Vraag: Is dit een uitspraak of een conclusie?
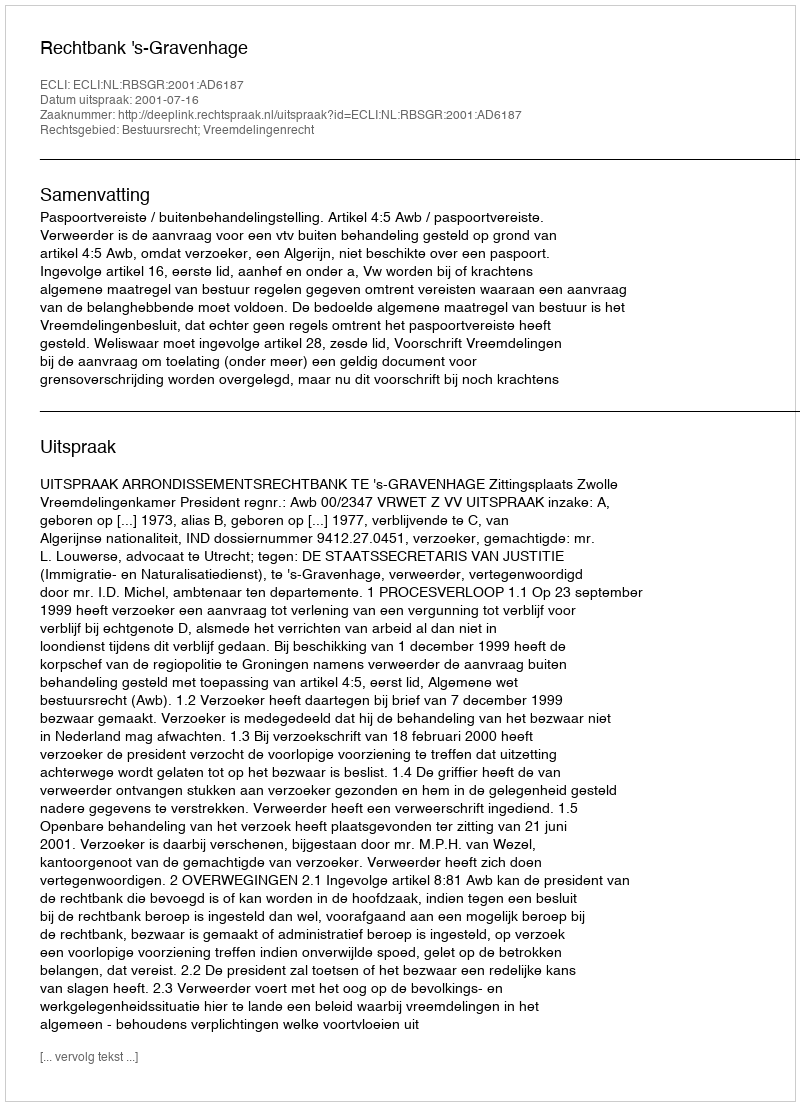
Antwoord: Uitspraak